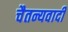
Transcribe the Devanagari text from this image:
चैतन्यवादी